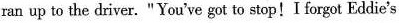
ran up to the driver."You've got tostop!I forgot Eddie's